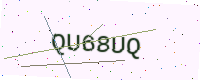
Text: QU68UQ